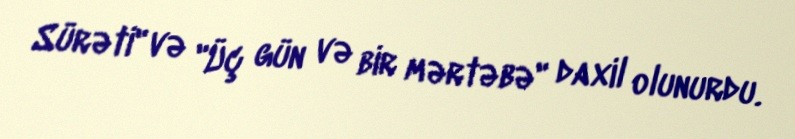
Sürəti" və "Üç gün və bir mərtəbə" daxil olunurdu.